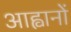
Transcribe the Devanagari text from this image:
आह्वानों